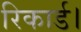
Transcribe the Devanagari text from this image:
रिकार्ड।